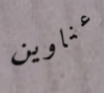
عناوين